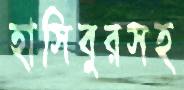
হাসিবুরসহ